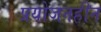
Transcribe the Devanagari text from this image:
प्रयोजनहीन